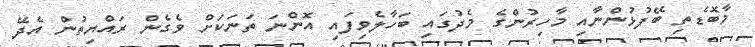
މާބޮޑެތި ބޭފުޅުންނާއި މާހިރުންގެ މެދުގައި ބަހާލެވިފައި އޮންނަ ތަނަކަށް ވެގެން ރައްޔިތުން އެދޭ